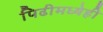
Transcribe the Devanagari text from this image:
पिढीमध्येही